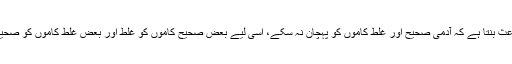
اس کا تکبر باعث بنتا ہے کہ آدمی صحیح اور غلط کاموں کو پہچان نہ سکے، اسی لیے بعض صحیح کاموں کو غلط اور بعض غلط کاموں کو صحیح سمجھتا ہے۔